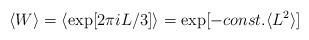
LaTeX: \begin{align*}\langle W \rangle = \langle \exp[2\pi iL/3] \rangle= \exp[-const.\langle L^2 \rangle]\end{align*}